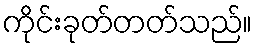
ကိုင်းခုတ်တတ်သည်။